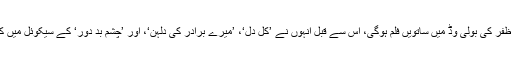
یہ فلم علی ظفر کی بولی وڈ میں ساتویں فلم ہوگی، اس سے قبل انہوں نے ’کل دل‘، ’میرے برادر کی دلہن‘، اور ’چشمِ بد دور‘ کے سیکوئل میں کام کیا ہے۔